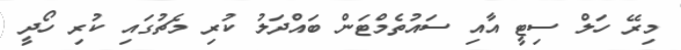
މިރޭ ހަލް ސިޓީ އާއި ސައުތެމްޓަން ބައްދަލު ކުރި މެޗުގައި ކުރި ހޯދީ